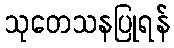
သုတေသနပြုရန်